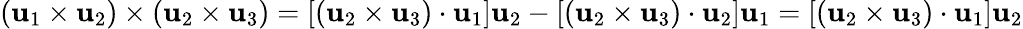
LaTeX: (\mathbf{u}_{1}\times\mathbf{u}_{2})\times(\mathbf{u}_{2}\times\mathbf{u}_{3})=[(\mathbf{u}_{2}\times\mathbf{u}_{3})\cdot\mathbf{u}_{1}]\mathbf{u}_{2}-[(\mathbf{u}_{2}\times\mathbf{u}_{3})\cdot\mathbf{u}_{2}]\mathbf{u}_{1}=[(\mathbf{u}_{2}\times\mathbf{u}_{3})\cdot\mathbf{u}_{1}]\mathbf{u}_{2}